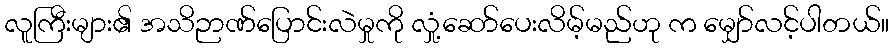
လူကြီးများ၏ အသိဉာဏ်ပြောင်းလဲမှုကို လှုံ့ဆော်ပေးလိမ့်မည်ဟု က မျှော်လင့်ပါတယ်။